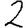
Digit: 2